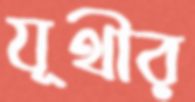
যূথীর